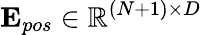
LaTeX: \mathbf{E}_{pos}\in\mathbb{R}^{(N+1)\times D}